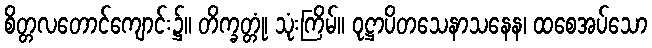
စိတ္တလတောင်ကျောင်း၌။ တိက္ခတ္တုံ၊ သုံးကြိမ်။ ဝုဋ္ဌာပိတသေနာသနေန၊ ထစေအပ်သော